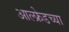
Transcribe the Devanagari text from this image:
आल्फ्रेडच्या